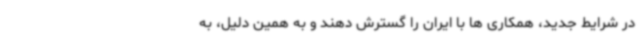
در شرایط جدید، همکاری ها با ایران را گسترش دهند و به همین دلیل، به